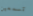
تسمعين